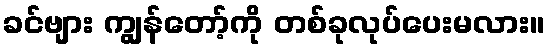
ခင်ဗျား ကျွန်တော့်ကို တစ်ခုလုပ်ပေးမလား။